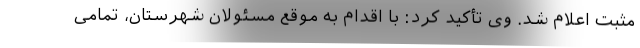
مثبت اعلام شد. وی تأکید کرد: با اقدام به موقع مسئولان شهرستان، تمامی